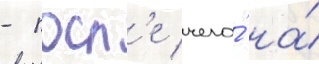
- посл'е чего́ на́